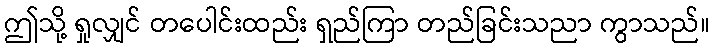
ဤသို့ ရှုလျှင် တပေါင်းထည်း ရှည်ကြာ တည်ခြင်းသညာ ကွာသည်။